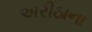
અરીઠાના